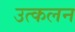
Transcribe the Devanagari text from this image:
उत्‍कलन